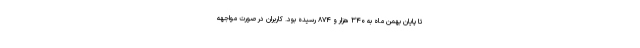
تا پایان بهمن ماه به ۳۴۰ هزار و ۸۷۴ رسیده بود. کاربران در صورت مواجهه